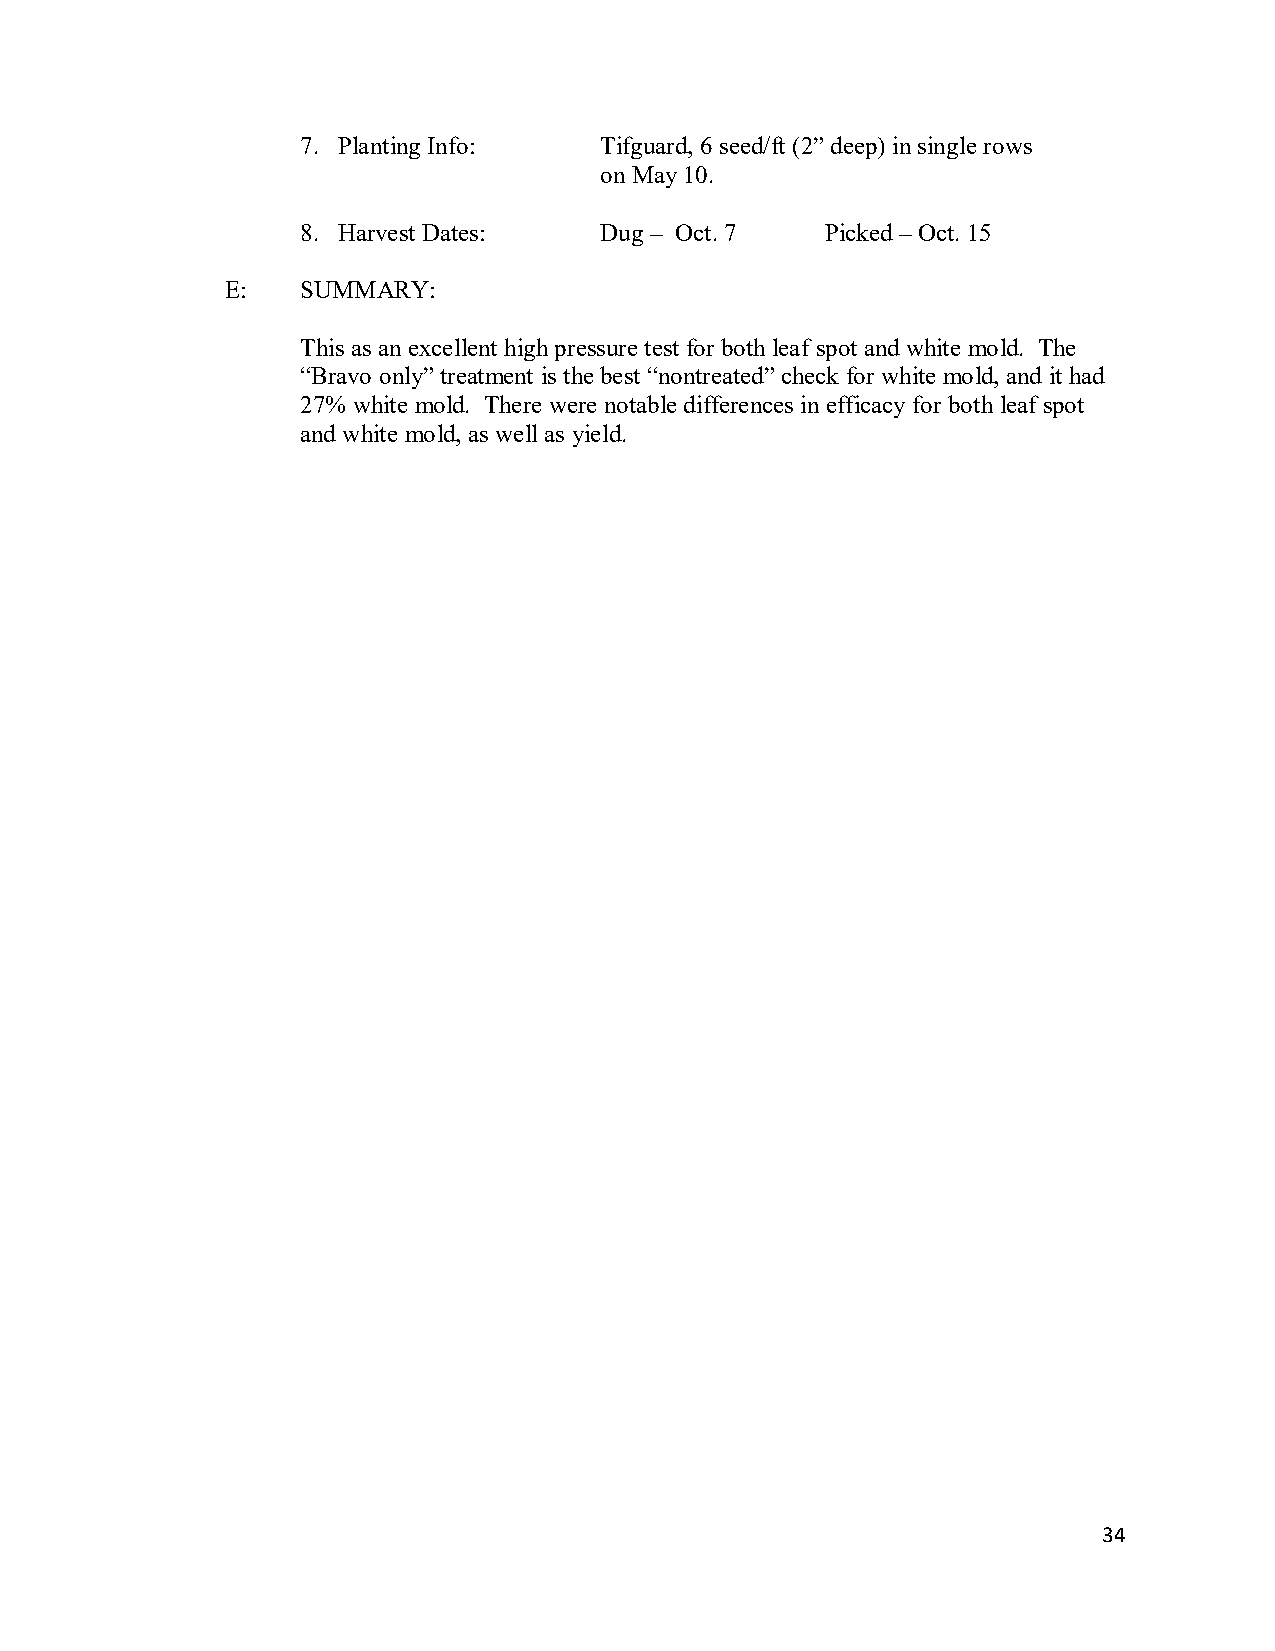
7. Planting Info:   Tifguard, 6 seed/ft (2” deep) in single rows
 on May 10.
 8. Harvest Dates:   Dug – Oct. 7   Picked – Oct. 15
 E:   SUMMARY:
 This as an excellent high pressure test for both leaf spot and white mold. The
 “Bravo only” treatment is the best “nontreated” check for white mold, and it had
 27% white mold. There were notable differences in efficacy for both leaf spot
 and white mold, as well as yield.
 34